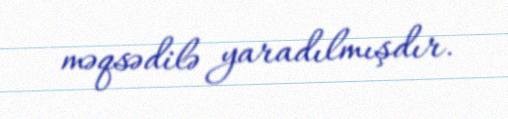
məqsədilə yaradılmışdır.